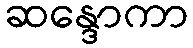
ဆန္ဒောကာ